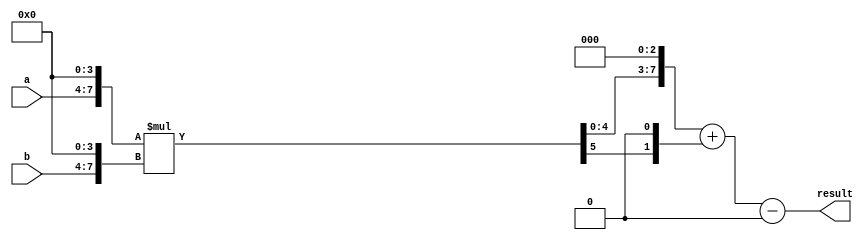
module booth_multiplier (
    input wire [3:0] a,
    input wire [3:0] b,
    output reg [7:0] result
);

// Stage 1: Partial product generation
reg [7:0] pp;
always @* begin
    pp = {a, 4'b0} * {b, 4'b0};
end

// Stage 2: Prefix section
reg [8:0] pp_aligned;
always @* begin
    pp_aligned = {1'b0, pp, 3'b0};
end

// Stage 3: Main Booth encoding section
wire [8:1] booth_encoded;
assign booth_encoded = pp_aligned + ({9'b0, pp_aligned[8]} << 1) - ({9'b0, pp_aligned[0]});

// Stage 4: Final product stage
always @* begin
    result = booth_encoded[8:1];
end

endmodule